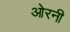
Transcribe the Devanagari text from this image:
ओरनी